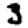
Digit: 3